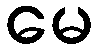
မေ